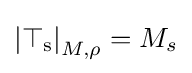
\mathrm {\left\vert \top _{s}\right\vert } _{M,\rho }=M_{s}